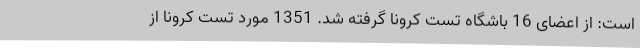
است: از اعضای 16 باشگاه تست کرونا گرفته شد. 1351 مورد تست کرونا از